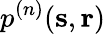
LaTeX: p^{(n)}(\mathbf{s},\mathbf{r})